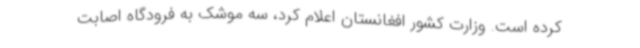
کرده است. وزارت کشور افغانستان اعلام کرد، سه موشک به فرودگاه اصابت